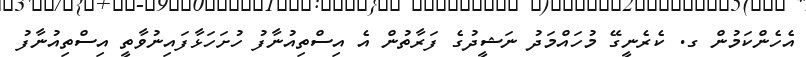
އެހެންކަމުން ގ. ކެރެނީގޭ މުހައްމަދު ނަޝީދުގެ ފަރާތުން އެ އިސްތިއުނާފު ހުށަހަޅާފައިނުވާތީ އިސްތިއުނާފު